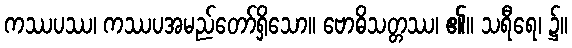
ကဿပဿ၊ ကဿပအမည်တော်ရှိသော။ ဗောဓိသတ္တဿ၊ ၏။ သရီရေ၊ ၌။